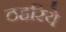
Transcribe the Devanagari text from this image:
ठहरिये